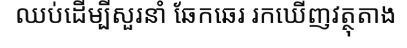
ឈប់ដើម្បីសួរនាំ ឆែកឆេរ រកឃើញវត្ថុតាង